Report of the Indian Hemp Drugs Commission, 1894-1895 - Volume II
Year: 1894
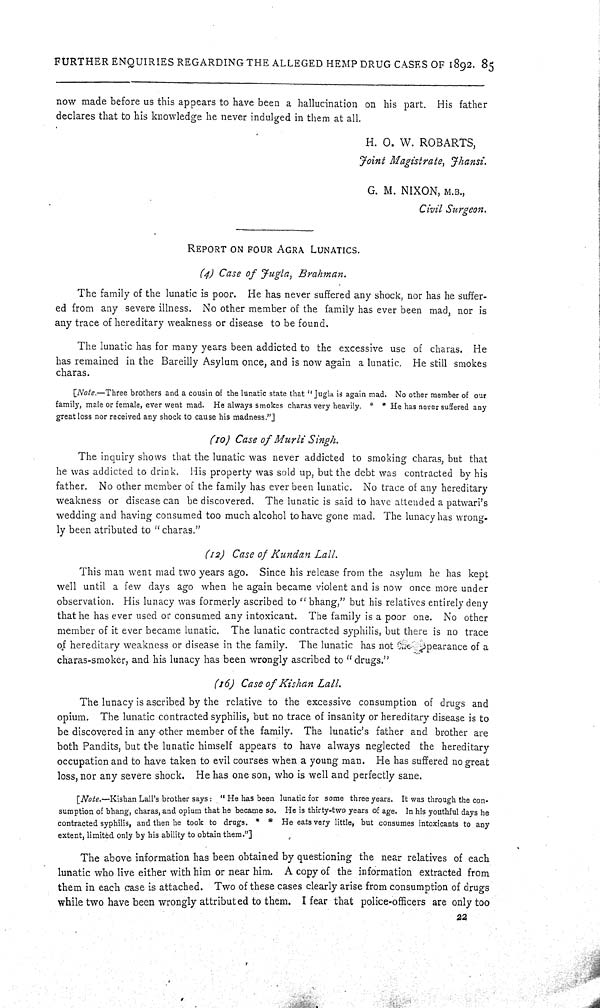
FURTHER ENQUIRIES REGARDING THE ALLEGED HEMP DRUG CASES OF 1892. 85
now made before us this appears to have been a hallucination on his part. His father
declares that to his knowledge he never indulged in them at all.
H. O. W. ROBARTS,
Joint Magistrate, Jhansi.
G. M. NIXON, M.B.,
Civil Surgeon.
RPORT ON FOUR AGRA LUNATICS.
(4) Case of Jugla, Brahman.
The family of the lunatic is poor. He has never suffered any shock, nor has he suffer-
ed from any severe illness. No other member of the family has ever been mad, nor is
any trace of hereditary weakness or disease to be found.
The lunatic has for many years been addicted to the excessive use of charas. He
has remained in the Bareilly Asylum once, and is now again a lunatic. He still smokes
charas.
[Note.—Three brothers and a cousin of the lunatic state that "Jugla is again mad. No other member of our
family, male or female, ever went mad. He always smokes charas very heavily. * * He has never suffered any
great loss nor received any shock to cause his madness."]
(10) Case of Murli Singh.
The inquiry shows that the lunatic was never addicted to smoking charas, but that
he was addicted to drink. His property was sold up, but the debt was contracted by his
father. No other member of the family has ever been lunatic. No trace of any hereditary
weakness or disease can be discovered. The lunatic is said to have attended a patwari's
wedding and having consumed too much alcohol to have gone mad. The lunacy has wrong-
ly been atributed to "charas."
(12) Case of Kundan Lall.
This man went mad two years ago. Since his release from the asylum he has kept
well until a few days ago when he again became violent and is now once more under
observation. His lunacy was formerly ascribed to "bhang," but his relatives entirely deny
that he has ever used or consumed any intoxicant. The family is a poor one. No other
member of it ever became lunatic. The lunatic contracted syphilis, but there is no trace
of hereditary weakness or disease in the family. The lunatic has not the appearance of a
charas-smoker, and his lunacy has been wrongly ascribed to "drugs."
(16) Case of Kishan Lall.
The lunacy is ascribed by the relative to the excessive consumption of drugs and
opium. The lunatic contracted syphilis, but no trace of insanity or hereditary disease is to
be discovered in any other member of the family. The lunatic's father and brother are
both Pandits, but the lunatic himself appears to have always neglected the hereditary
occupation and to have taken to evil courses when a young man. He has suffered no great
loss, nor any severe shock. He has one son, who is well and perfectly sane.
[Note.—Kishan Lall's brother says: "He has been lunatic for some three years. It was through the con-
sumption of bhang, charas, and opium that he became so. He is thirty-two years of age. In his youthful days he
contracted syphilis, and then he took to drugs. * * He eats very little, but consumes intoxicants to any
extent, limited only by his ability to obtain them."]
The above information has been obtained by questioning the near relatives of each
lunatic who live either with him or near him. A copy of the information extracted from
them in each case is attached. Two of these cases clearly arise from consumption of drugs
while two have been wrongly attributed to them. I fear that police-officers are only too
22